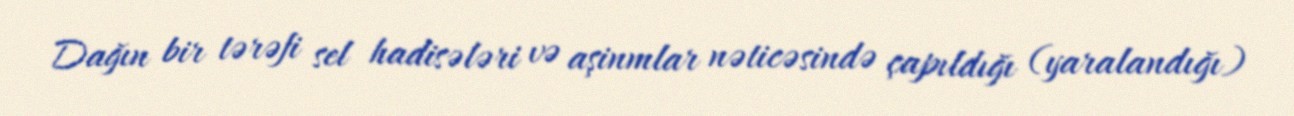
Dağın bir tərəfi sel hadisələri və aşinmlar nəticəsində çapıldığı (yaralandığı)